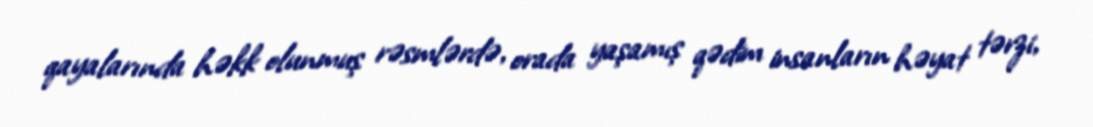
qayalarında həkk olunmuş rəsmlərdə, orada yaşamış qədim insanların həyat tərzi,